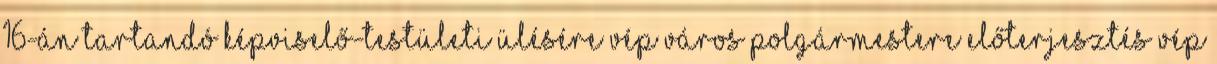
16-án tartandó képviselő-testületi ülésére Vép Város Polgármestere ELŐTERJESZTÉS Vép